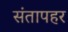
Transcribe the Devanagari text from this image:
संतापहर